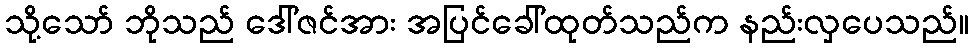
သို့သော် ဘိုသည် ဒေါ်ဇင်အား အပြင်ခေါ်ထုတ်သည်က နည်းလှပေသည်။